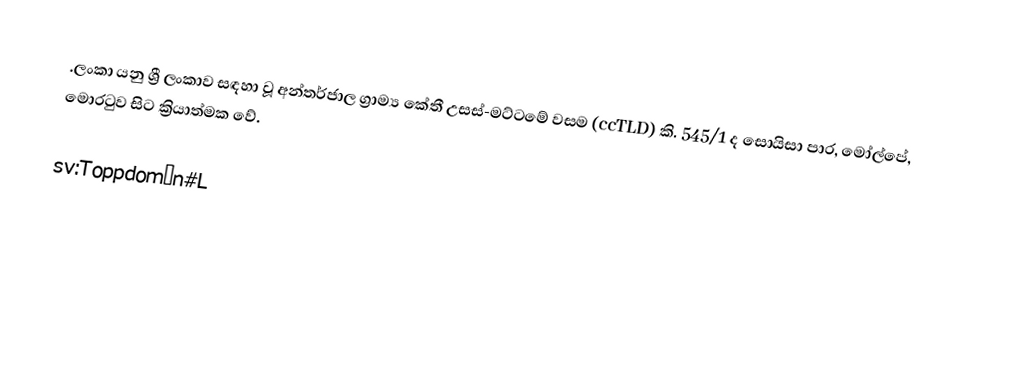
.ලංකා යනු ශ්‍රී ලංකාව සඳහා වූ අන්තර්ජාල ග්‍රාම්‍ය කේතී උසස්-මට්ටමේ වසම (ccTLD) කි. 545/1 ද සොයිසා පාර, මෝල්පේ, මොරටුව සි‍‍ට ක්‍රියාත්මක වේ.

sv:Toppdomän#L